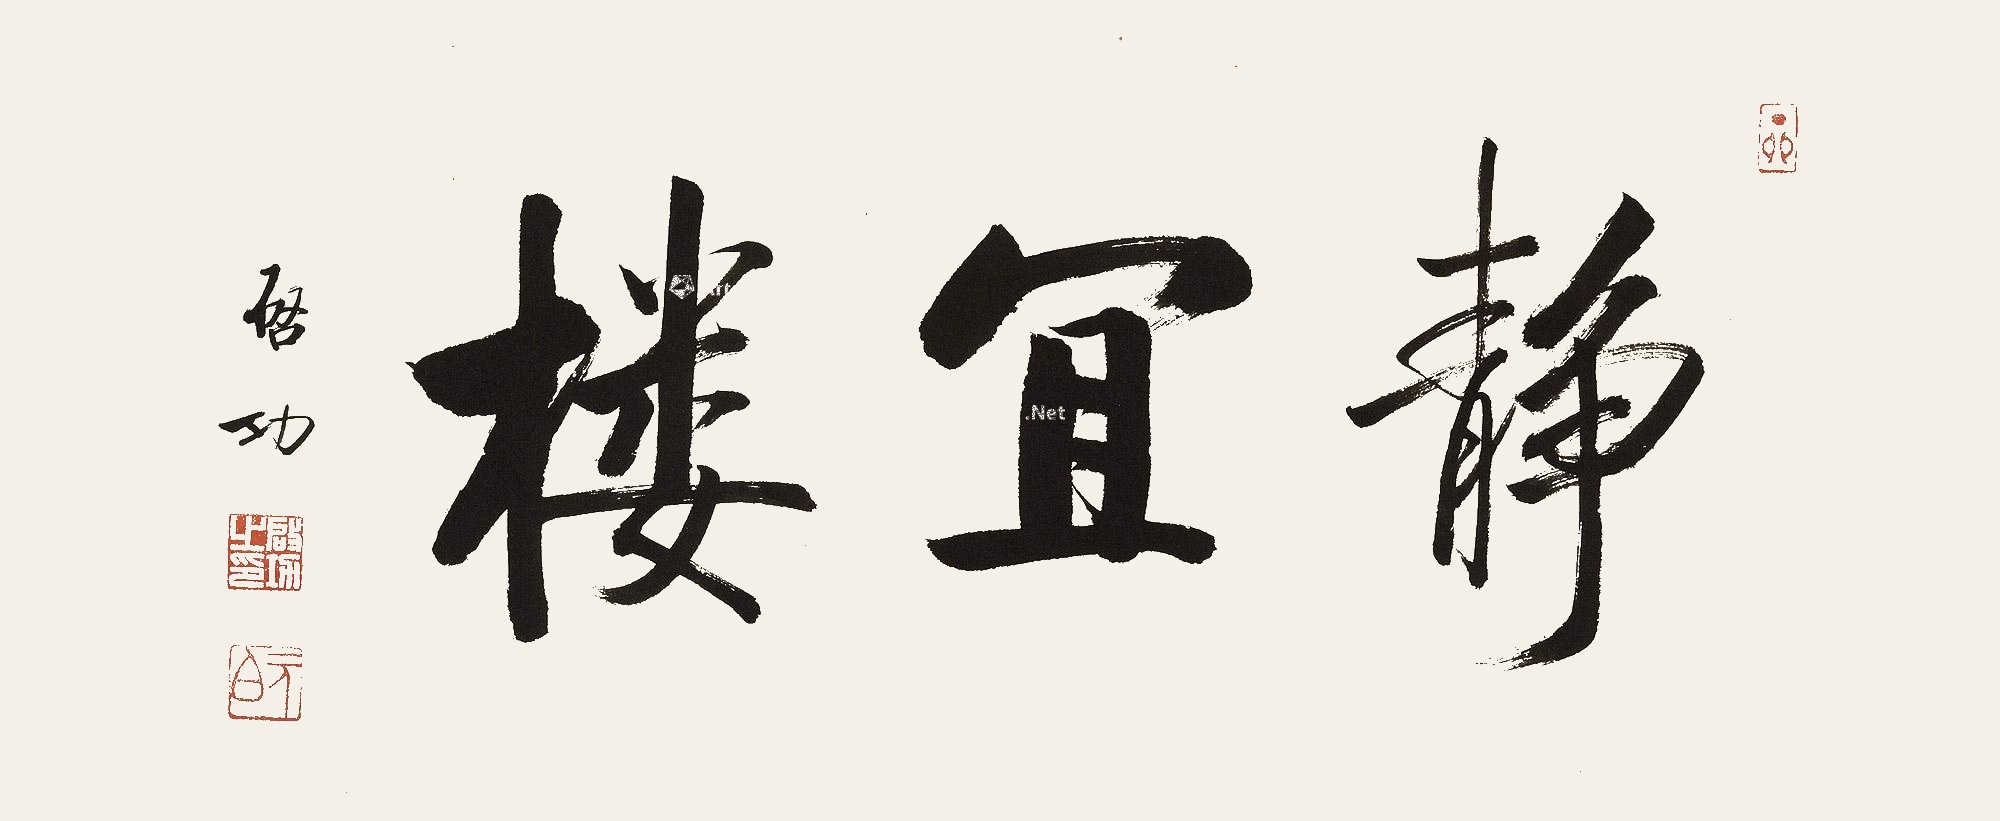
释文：静宜楼启功。